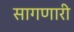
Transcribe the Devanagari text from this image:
सागणारी